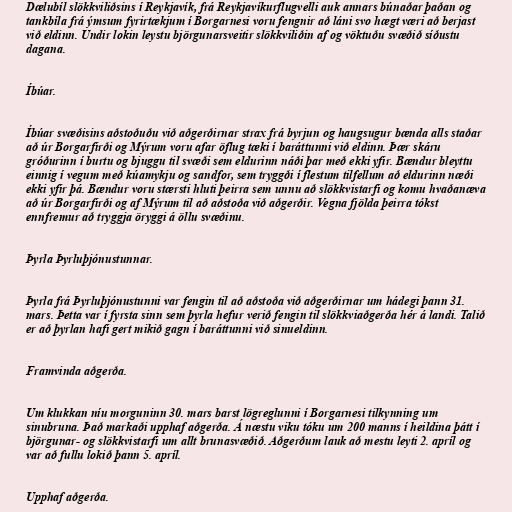
Dælubíl slökkviliðsins í Reykjavík, frá Reykjavíkurflugvelli auk annars búnaðar þaðan og
tankbíla frá ýmsum fyrirtækjum í Borgarnesi voru fengnir að láni svo hægt væri að berjast
við eldinn. Undir lokin leystu björgunarsveitir slökkviliðin af og vöktuðu svæðið síðustu
dagana.

Íbúar.

Íbúar svæðisins aðstoðuðu við aðgerðirnar strax frá byrjun og haugsugur bænda alls staðar
að úr Borgarfirði og Mýrum voru afar öflug tæki í baráttunni við eldinn. Þær skáru
gróðurinn í burtu og bjuggu til svæði sem eldurinn náði þar með ekki yfir. Bændur bleyttu
einnig í vegum með kúamykju og sandfor, sem tryggði í flestum tilfellum að eldurinn næði
ekki yfir þá. Bændur voru stærsti hluti þeirra sem unnu að slökkvistarfi og komu hvaðanæva
að úr Borgarfirði og af Mýrum til að aðstoða við aðgerðir. Vegna fjölda þeirra tókst
ennfremur að tryggja öryggi á öllu svæðinu.

Þyrla Þyrluþjónustunnar.

Þyrla frá Þyrluþjónustunni var fengin til að aðstoða við aðgerðirnar um hádegi þann 31.
mars. Þetta var í fyrsta sinn sem þyrla hefur verið fengin til slökkviaðgerða hér á landi. Talið
er að þyrlan hafi gert mikið gagn í baráttunni við sinueldinn.

Framvinda aðgerða.

Um klukkan níu morguninn 30. mars barst lögreglunni í Borgarnesi tilkynning um
sinubruna. Það markaði upphaf aðgerða. Á næstu viku tóku um 200 manns í heildina þátt í
björgunar- og slökkvistarfi um allt brunasvæðið. Aðgerðum lauk að mestu leyti 2. apríl og
var að fullu lokið þann 5. apríl.

Upphaf aðgerða.